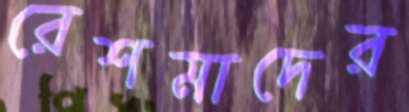
রেশমাদের